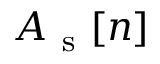
A _ { \mathrm { ~ s ~ } } [ n ]